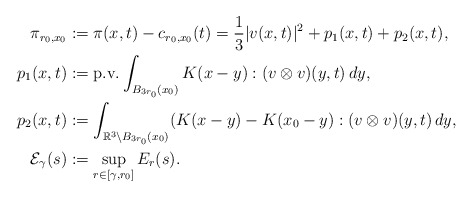
\begin{align*}\pi_{r_0,x_0} &:= \pi(x,t) - c_{r_0,x_0}(t) = \frac{1}{3} |v(x,t)|^2 + p_1(x,t) + p_2(x,t),\\p_1(x,t) &:= \textnormal{p.v.} \int_{B_{3r_0}(x_0)} K(x - y) : (v \otimes v)(y, t) \,dy,\\p_2(x,t) &:= \int_{\mathbb{R}^3 \setminus B_{3r_0}(x_0)} (K(x - y) - K(x_0-y) : (v \otimes v)(y, t) \,dy,\\\mathcal{E}_\gamma(s) &:= \sup_{r \in [\gamma,r_0]} E_r(s).\end{align*}